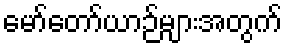
မော်တော်ယာဉ်များအတွက်